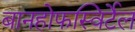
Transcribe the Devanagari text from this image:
बानहोफस्विर्टेल